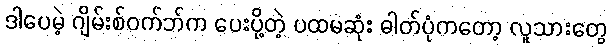
ဒါပေမဲ့ ဂျိမ်းစ်ဝက်ဘ်က ပေးပို့တဲ့ ပထမဆုံး ဓါတ်ပုံကတော့ လူသားတွေ